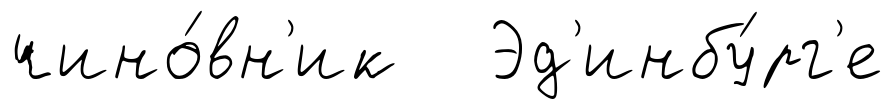
чино́вн'ик Эд'инбу́рг'е